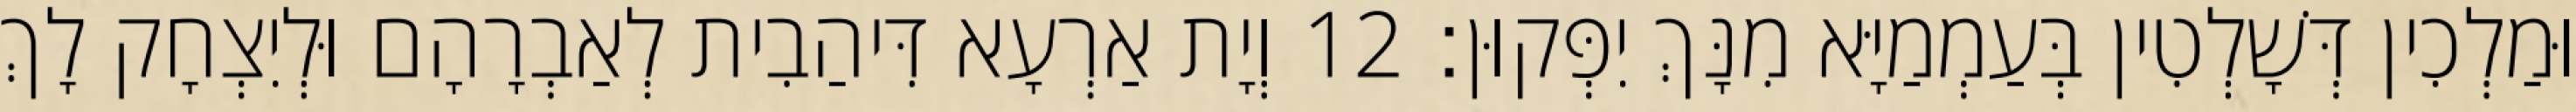
וּמַלְכִין דְּשָׁלְטִין בְּעַמְמַיָּא מִנָּךְ יִפְּקוּן׃ 12 וְיָת אַרְעָא דִּיהַבִית לְאַבְרָהָם וּלְיִצְחָק לָךְ